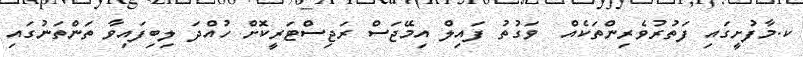
ކ.މާފުށީގައި ފަތުރުވެރިންތަކެއް  ވަގުތު ފައިލް އިމޭޖަސް ރަޖިސްޓަރީކޮށް ހުއްދަ ލިބިފައިވާ ތަންތަނުގައި